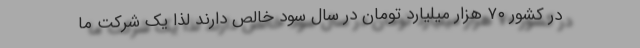
در کشور ۷۰ هزار میلیارد تومان در سال سود خالص دارند لذا یک شرکت ما